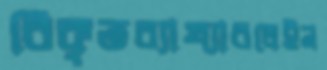
বিকৃতব্যাখ্যাবলেইন